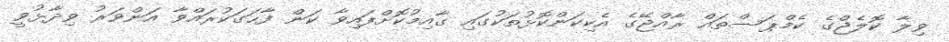
ވިލާ ކޮލެޖްގެ ކެމްޕަސްތައް ރާއްޖޭގެ އެކިކަންކޮޅުތަކުގައި ގާއިމުކޮށްފައިވާ ކަން ފާހަގަކުރައްވާ އަންވަރު ވިދާޅުވީ